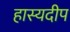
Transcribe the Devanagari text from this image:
हास्यदीप